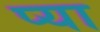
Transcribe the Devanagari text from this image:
प्या